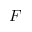
F